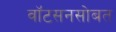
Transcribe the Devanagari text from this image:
वाॅटसनसोबत